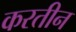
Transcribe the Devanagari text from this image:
करतीन